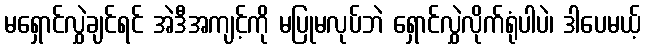
မရှောင်လွှဲချင်ရင် အဲဒီအကျင့်ကို မပြုမလုပ်ဘဲ ရှောင်လွှဲလိုက်ရုံပါပဲ၊ ဒါပေမယ့်